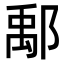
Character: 鄅